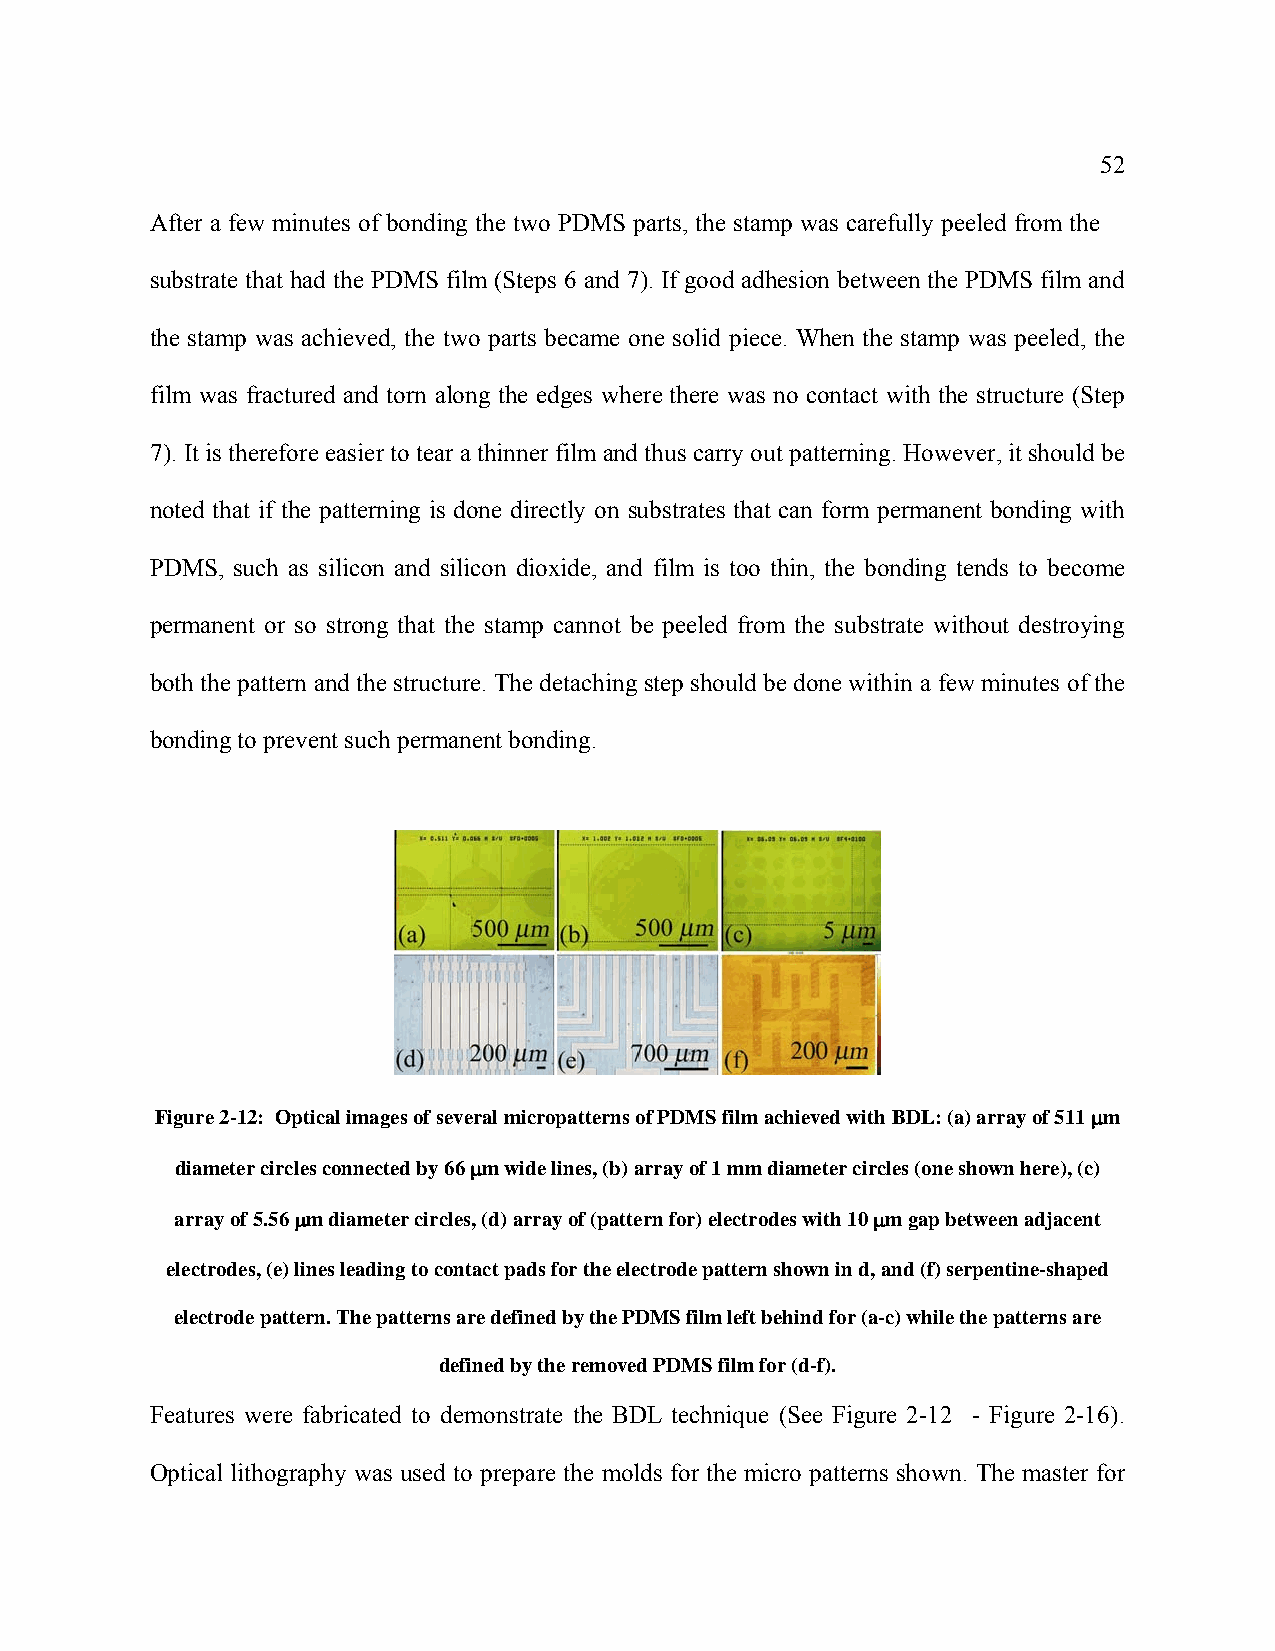
52
 After a few minutes of bonding the two PDMS parts, the stamp was carefully peeled from the
 substrate that had the PDMS film (Steps 6 and 7). If good adhesion between the PDMS film and
 the stamp was achieved, the two parts became one solid piece. When the stamp was peeled, the
 film was fractured and torn along the edges where there was no contact with the structure (Step
 7). It is therefore easier to tear a thinner film and thus carry out patterning. However, it should be
 noted that if the patterning is done directly on substrates that can form permanent bonding with
 PDMS, such as silicon and silicon dioxide, and film is too thin, the bonding tends to become
 permanent or so strong that the stamp cannot be peeled from the substrate without destroying
 both the pattern and the structure. The detaching step should be done within a few minutes of the
 bonding to prevent such permanent bonding.
 Figure 2-12: Optical images of several micropatterns of PDMS film achieved with BDL: (a) array of 511 μm
 diameter circles connected by 66 μm wide lines, (b) array of 1 mm diameter circles (one shown here), (c)
 array of 5.56 μm diameter circles, (d) array of (pattern for) electrodes with 10 μm gap between adjacent
 electrodes, (e) lines leading to contact pads for the electrode pattern shown in d, and (f) serpentine-shaped
 electrode pattern. The patterns are defined by the PDMS film left behind for (a-c) while the patterns are
 defined by the removed PDMS film for (d-f).
 Features were fabricated to demonstrate the BDL technique (See Figure 2-12 - Figure 2-16).
 Optical lithography was used to prepare the molds for the micro patterns shown. The master for